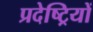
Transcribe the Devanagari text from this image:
प्रदेष्ट्रियों